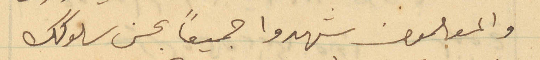
والمعلمون شهدوا جميعاً بحسن سلوكك